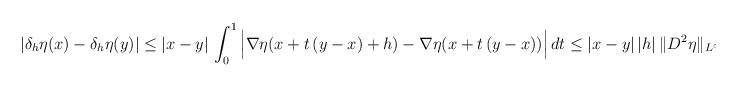
LaTeX: \begin{align*}|\delta_h \eta(x)-\delta_h\eta(y)|&\le |x-y|\,\int_0^1 \Big|\nabla \eta(x+t\,(y-x)+h)-\nabla \eta(x+t\,(y-x))\Big|\,dt\le |x-y|\, |h|\,\|D^2\eta\|_{L^\infty}.\end{align*}